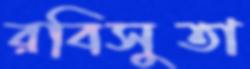
রবিসুতা